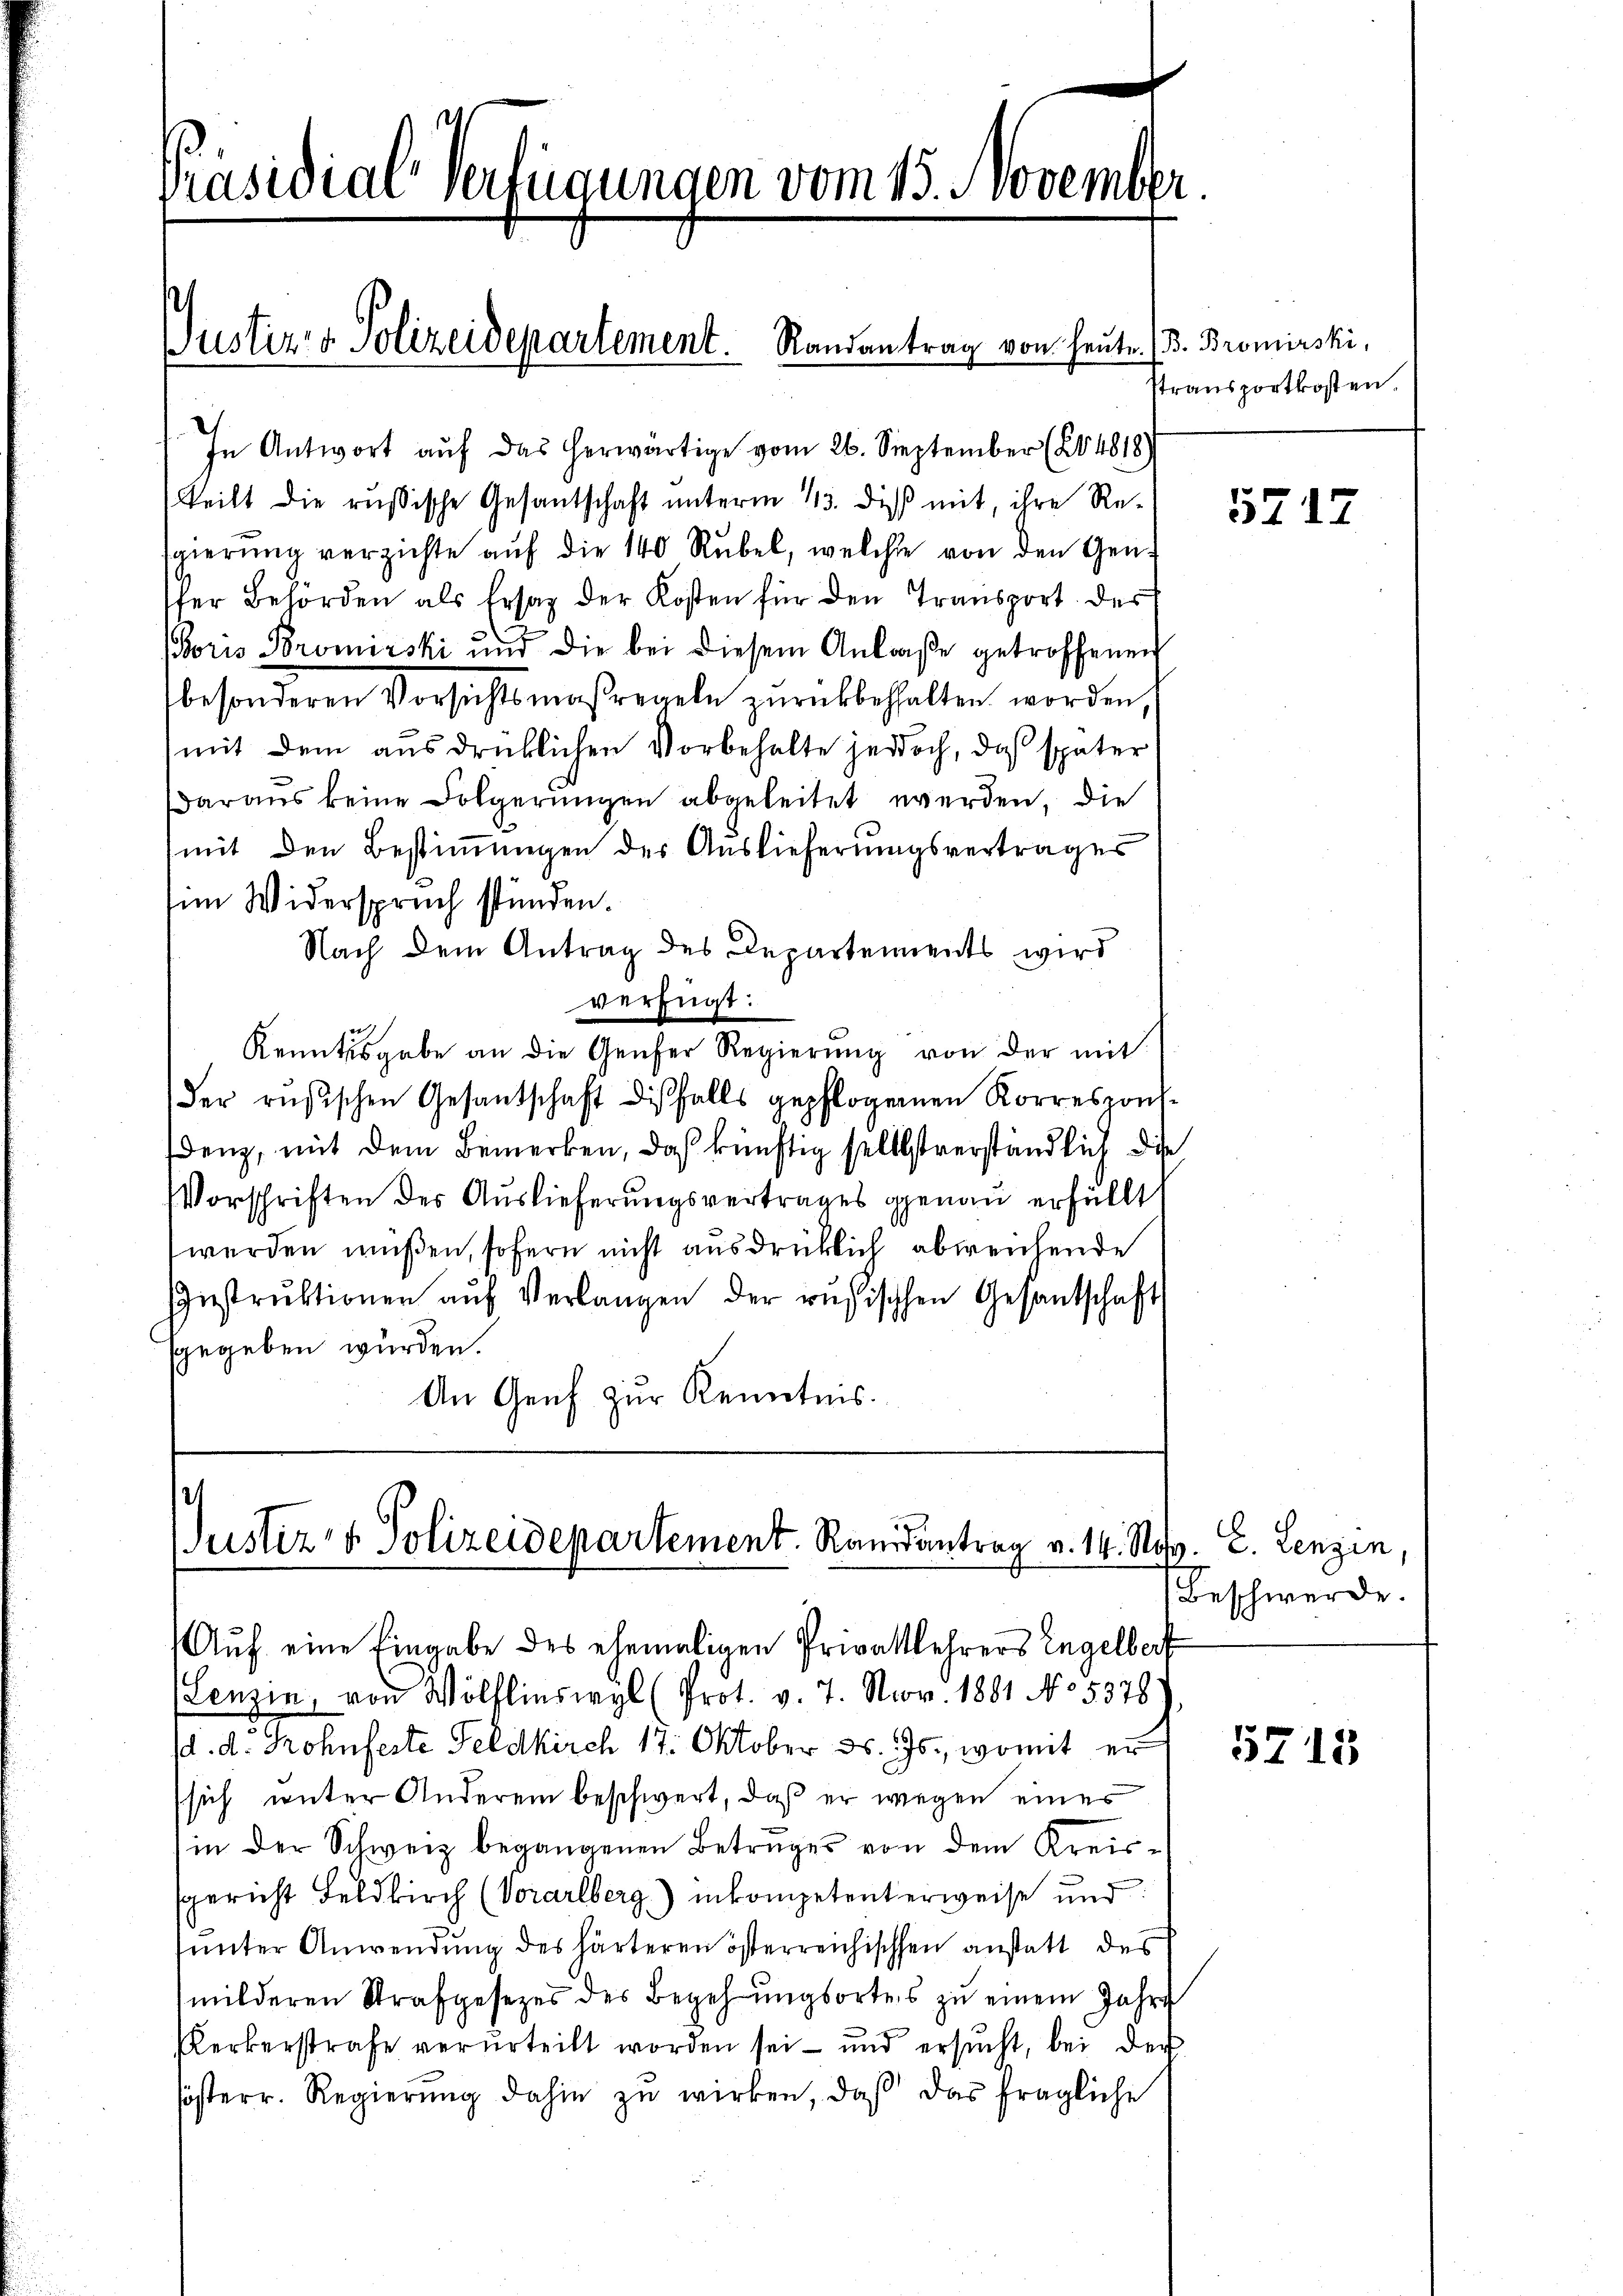
Präsidial-Verfügungen vom 15. November
Susteres Polizeidepartement. Randantrag von heute. (3. Bromirski,

In Antwort aŭf das herwärtige vom 26. September (204818)
tteilt die russische Gesantschaft unterm 13. diß mit, ihre Resgierŭng verzichte aŭf die 140 Rŭbel, welche von den Gen
fer Behörden als Ersatz der Kosten für den Transport des
soris Bromirski und die bei diesem Anlaße getroffenen
besonderen Vorsichtsmaßregeln zurückbehalten worden,
mit dem ausdrücklichen Vorbehalte jedoch, daß später
Daraus keine Folgerungen abgeleitet werden, die
mit den Bestimmungen des Auslieferungsvertrages
im Widerspruch stünden.
Nach dem Antrag des Departements wird
verfügt:
Kenntnisgabe an die Genfer Regierŭng von der mit
der rüsischen Gesandschaft diesfalls gepflogenen Korrespons-
denz, mit dem Bemerken, daß künftig selbstverständlich die
Vorschriften des Auslieferungsvertrages genau erfüllt
werden müßen, sofern nicht ausdrücklich abweichende
Instrŭktionen aŭf Verlangen der rŭfischen Gesantschaft
ggegeben wurden.
An Genf zur Kenntnis.

s
Justiz- & Polizeidepartement. Randantrag v. 14. No. 2. Lenzen
Auf eine Eingabe des ehemaligen Privattlehrers Engelberf

Stransportkosten.

(Lenzin, von Wölflinswyl (Prot. v. 7. Nov. 1881 No 5378
d. d. Rohnfeste Feldkirch 17. Oktober d. Js., womit er
sich unter Anderem beschwert, daß er wegen eines
in der Schweiz begangenen Betruges von dem Kreissgericht Feldkirch (Vorarlberg) inkompetenterweise und
unter Anwendung des härteren österreichischen anstatt des
milderen Strafgesezes des Begehŭngsortes zu einem Jahre
Kerkerstrafe verurteilt worden sei- und ersŭcht, bei der
sösterr. Regierŭng dahin zŭ wirken, daß das fragliche

5717

Beschwerde.

5715